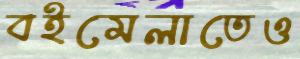
বইমেলাতেও